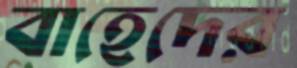
বাহেদের